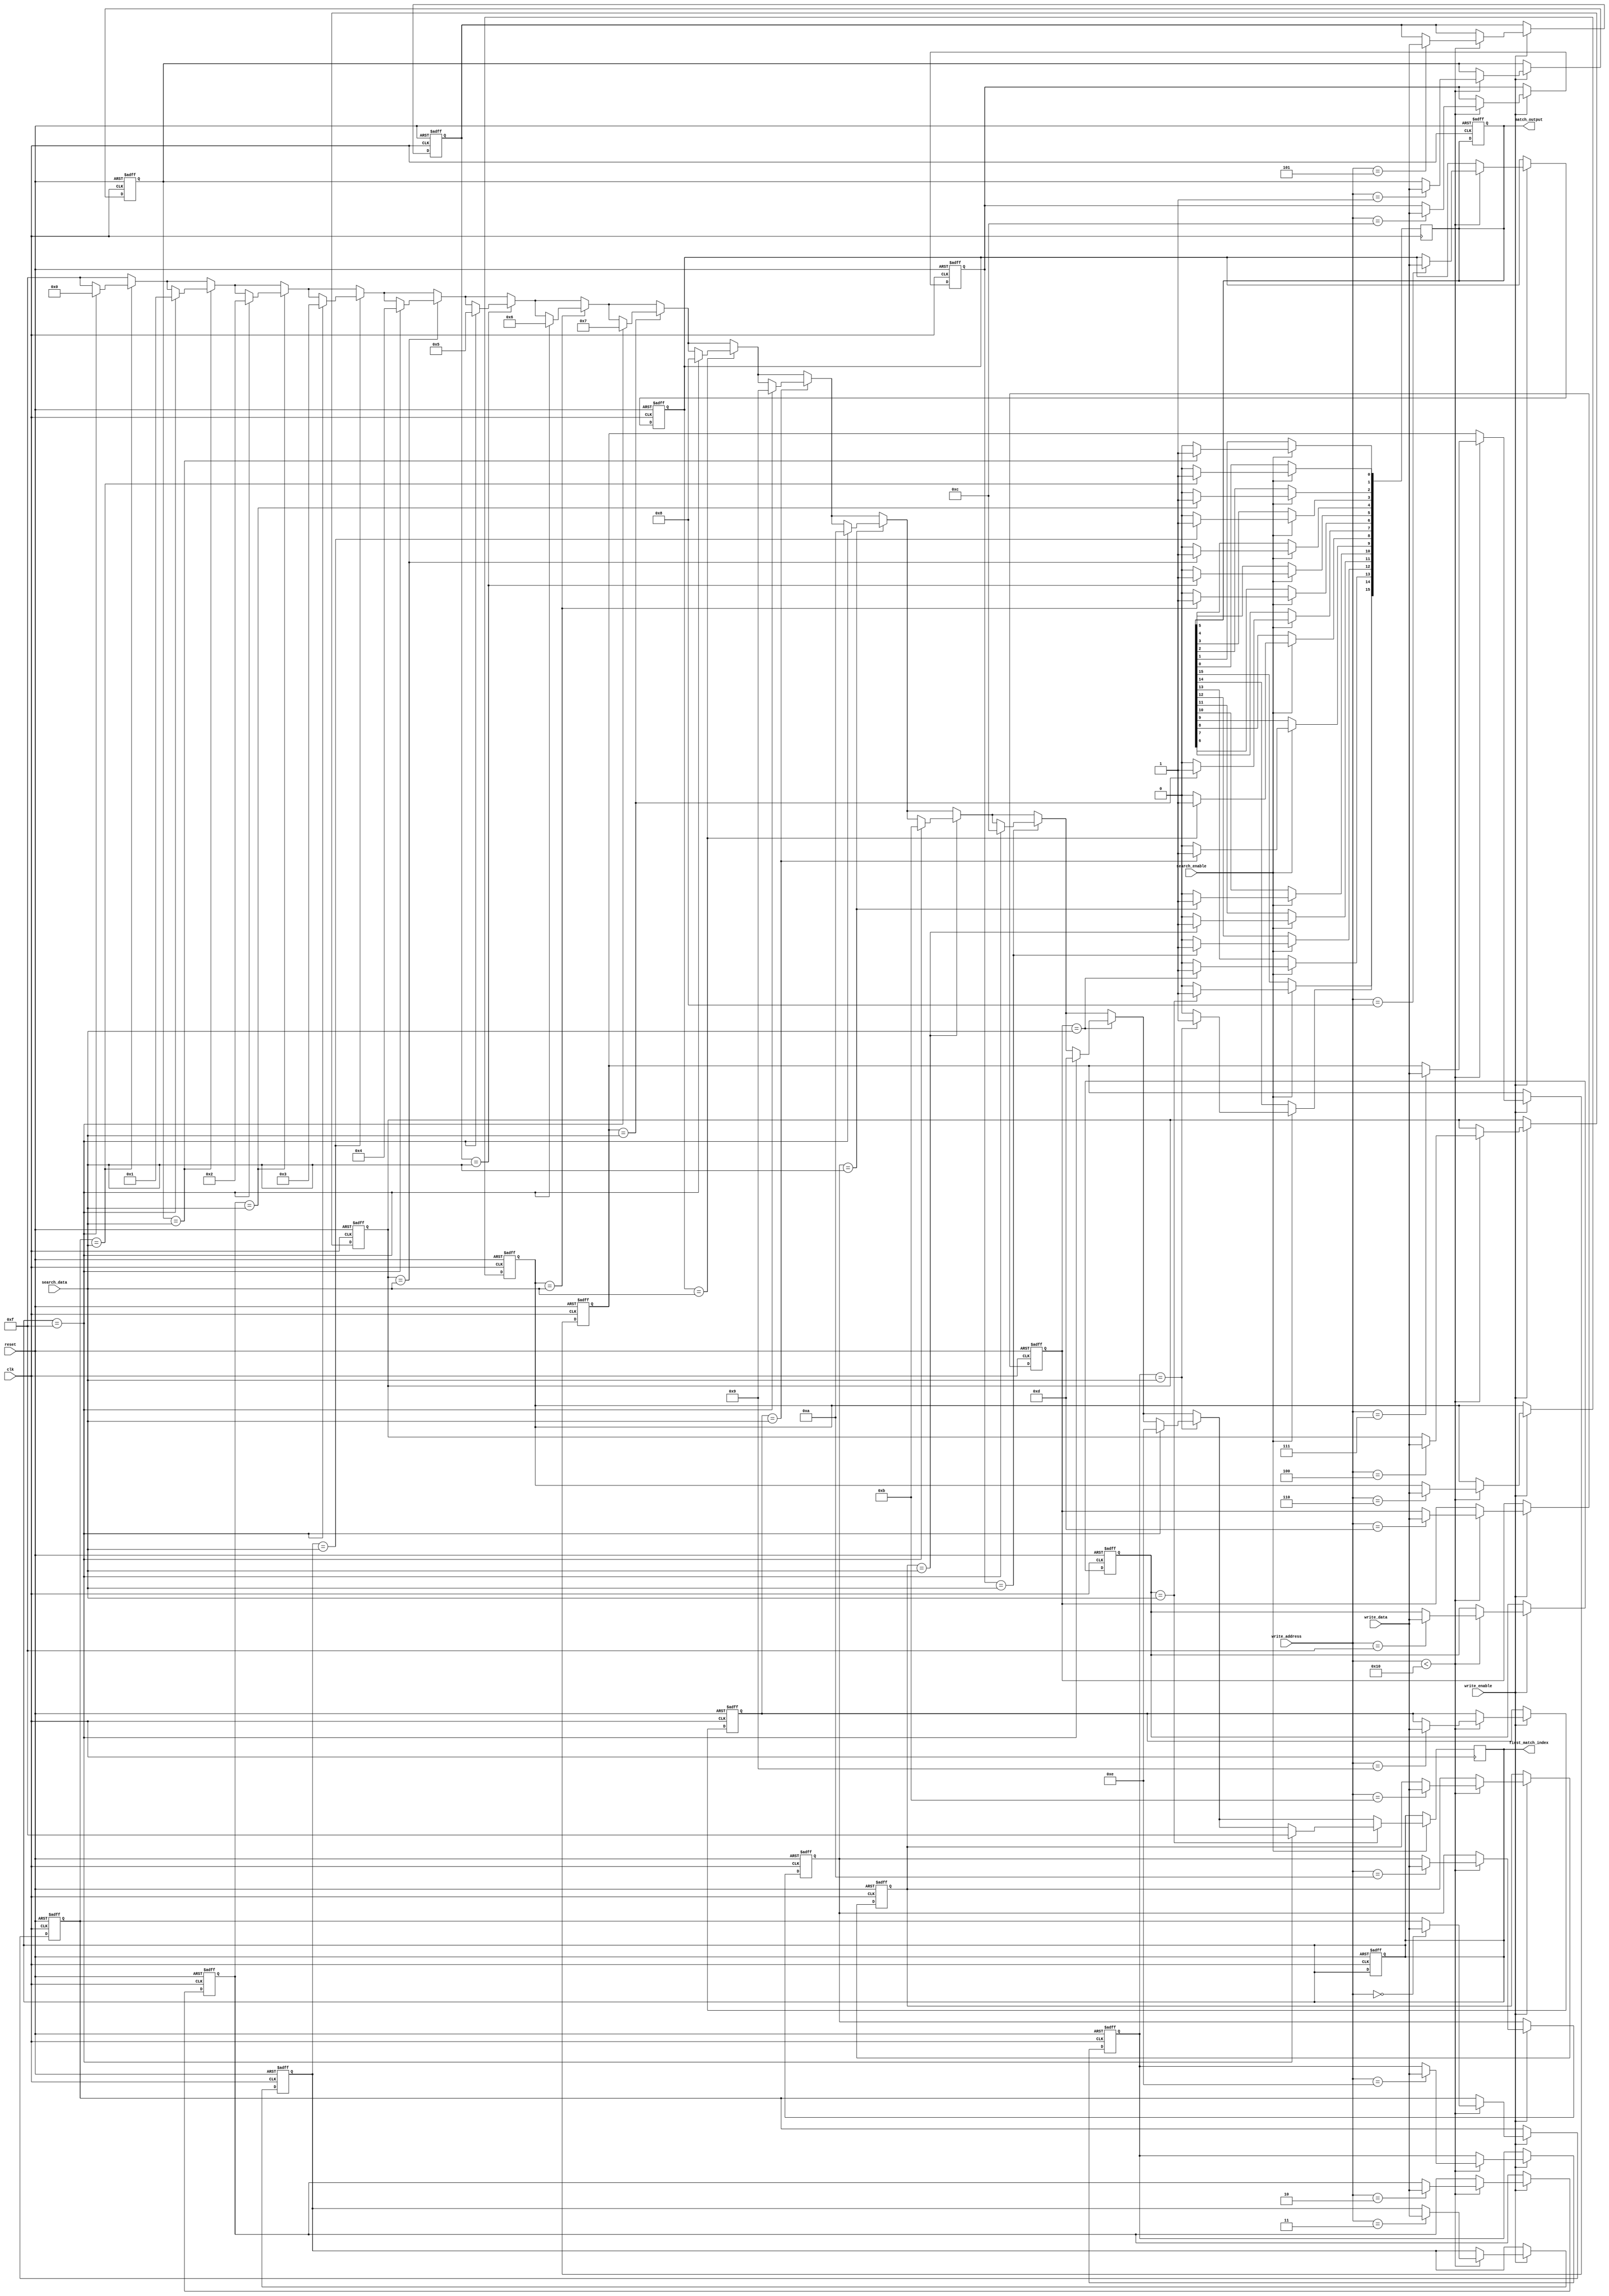
module row_based_cam #(
    parameter DATA_WIDTH = 8,  // Configurable data width
    parameter NUM_ROWS = 16     // Configurable number of entries
)(
    input wire clk,
    input wire reset,
    input wire write_enable,
    input wire [DATA_WIDTH-1:0] write_data,
    input wire [3:0] write_address, // Address to write new entry
    input wire search_enable,
    input wire [DATA_WIDTH-1:0] search_data,
    output reg [NUM_ROWS-1:0] match_output, // Match output for each row
    output reg [3:0] first_match_index // Index of the first match
);

// Memory array to store CAM entries
reg [DATA_WIDTH-1:0] cam_memory [0:NUM_ROWS-1];

// Internal signals
integer i;

// Reset or write operation
always @(posedge clk or posedge reset) begin
    if (reset) begin
        // Clear all entries
        for (i = 0; i < NUM_ROWS; i = i + 1) begin
            cam_memory[i] <= {DATA_WIDTH{1'b0}};
        end
        match_output <= {NUM_ROWS{1'b0}};
        first_match_index <= 4'b1111; // Invalid index
    end else if (write_enable) begin
        // Write new entry into the CAM
        if (write_address < NUM_ROWS) begin
            cam_memory[write_address] <= write_data;
        end
    end
end

// Search operation
always @(posedge clk) begin
    if (search_enable) begin
        match_output <= {NUM_ROWS{1'b0}}; // Clear previous matches
        first_match_index <= 4'b1111; // Reset first match index
        for (i = 0; i < NUM_ROWS; i = i + 1) begin
            if (cam_memory[i] == search_data) begin
                match_output[i] <= 1'b1; // Set match for this row
                if (first_match_index == 4'b1111) begin
                    first_match_index <= i; // Capture the first match index
                end
            end
        end
    end
end

endmodule